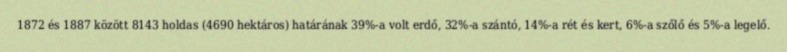
1872 és 1887 között 8143 holdas (4690 hektáros) határának 39%-a volt erdő, 32%-a szántó, 14%-a rét és kert, 6%-a szőlő és 5%-a legelő.